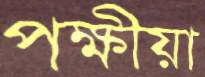
পক্ষীয়া